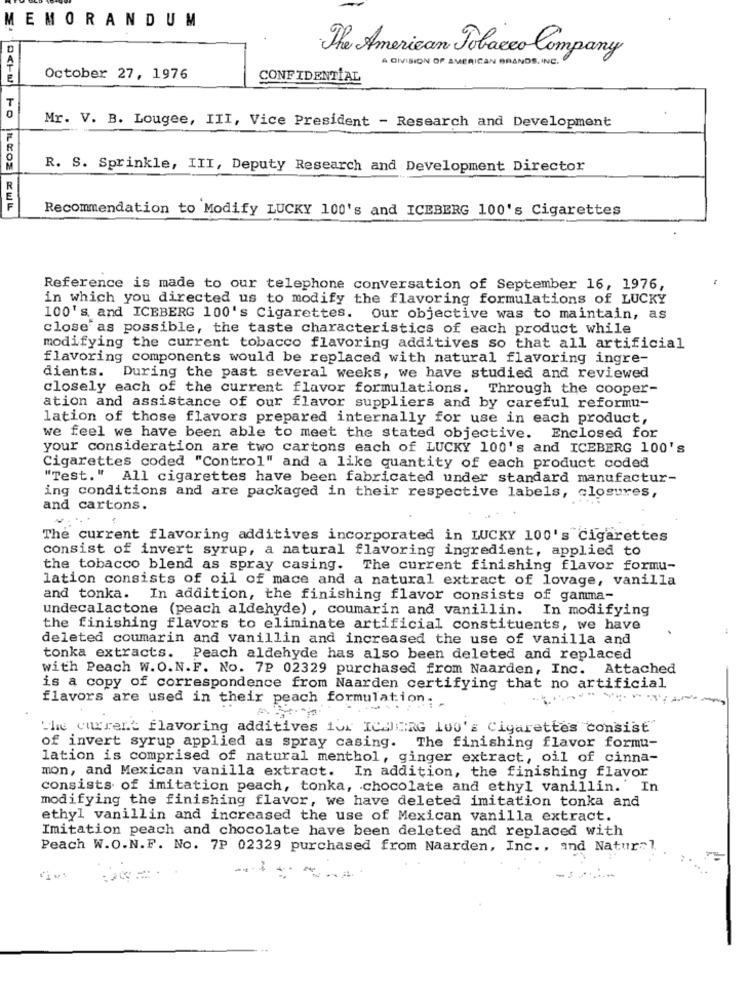
MEMORANDUM
The American Tobacco Company
A DIVISION OF AMERICAN BRANDS INC .
October 27, 1976
CONFIDENTIAL
T
Mr. V. B. Lougee, III, Vice President - Research and Development
R. S. Sprinkle, III, Deputy Research and Development Director
Recommendation to Modify LUCKY 100's and ICEBERG 100's Cigarettes
Reference is made to our telephone conversation of September 16, 1976,
in which you directed us to modify the flavoring formulations of LUCKY
100's. and ICEBERG 100's Cigarettes. Our objective was to maintain, as
close as possible, the taste characteristics of each product while
modifying the current tobacco flavoring additives so that all artificial
flavoring components would be replaced with natural flavoring ingre-
dients. During the past several weeks, we have studied and reviewed
closely each of the current flavor formulations. Through the cooper-
ation and assistance of our flavor suppliers and by careful reformu-
lation of those flavors prepared internally for use in each product,
we feel we have been able to meet the stated objective. Enclosed for
your consideration are two cartons each of LUCKY 100's and ICEBERG 100's
Cigarettes coded "Control" and a like quantity of each product coded
"Test." All cigarettes have been fabricated under standard manufactur-
ing conditions and are packaged in their respective labels, closures,
and cartons.
The current flavoring additives incorporated in LUCKY 100's Cigarettes
consist of invert syrup, a natural flavoring ingredient, applied to
the tobacco blend as spray casing. The current finishing flavor formu-
lation consists of oil of mace and a natural extract of lovage, vanilla
and tonka. In addition, the finishing flavor consists of gamma-
undecalactone (peach aldehyde) , coumarin and vanillin. In modifying
the finishing flavors to eliminate artificial constituents, we have
deleted coumarin and vanillin and increased the use of vanilla and
tonka extracts. Peach aldehyde has also been deleted and replaced
with Peach W.O.N.F. No. 7P 02329 purchased from Naarden, Inc. Attached
is a copy of correspondence from Naarden certifying that no artificial
flavors are used in their peach formulation:
----------
The current flavoring additives for ICHERG 100's Cigarettes consist
of invert syrup applied as spray casing.
The finishing flavor formu-
lation is comprised of natural menthol, ginger extract, oil of cinna-
mon, and Mexican vanilla extract. In addition, the finishing flavor
consists of imitation peach, tonka, chocolate and ethyl vanillin. ' In
modifying the finishing flavor, we have deleted imitation tonka and
ethyl vanillin and increased the use of Mexican vanilla extract.
Imitation peach and chocolate have been deleted and replaced with
Peach W.O.N.F. No. 7P 02329 purchased from Naarden, Inc ., and Natur-1.